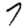
Digit: 7